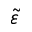
\widetilde { \varepsilon }